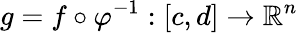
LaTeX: g=f\circ\varphi^{-1}:[c,d]\to\mathbb{R}^{n}